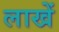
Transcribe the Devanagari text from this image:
लाखें